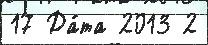
17 Да́та 2013 2